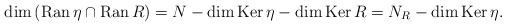
LaTeX: \begin{align*}\dim\left( \operatorname{Ran}\eta\cap\operatorname{Ran}R\right)=N-\dim\operatorname{Ker}\eta-\dim\operatorname{Ker}R=N_{R}-\dim\operatorname{Ker}\eta. \end{align*}